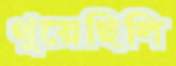
থুয়েছিলি